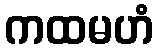
ကထမဟံ